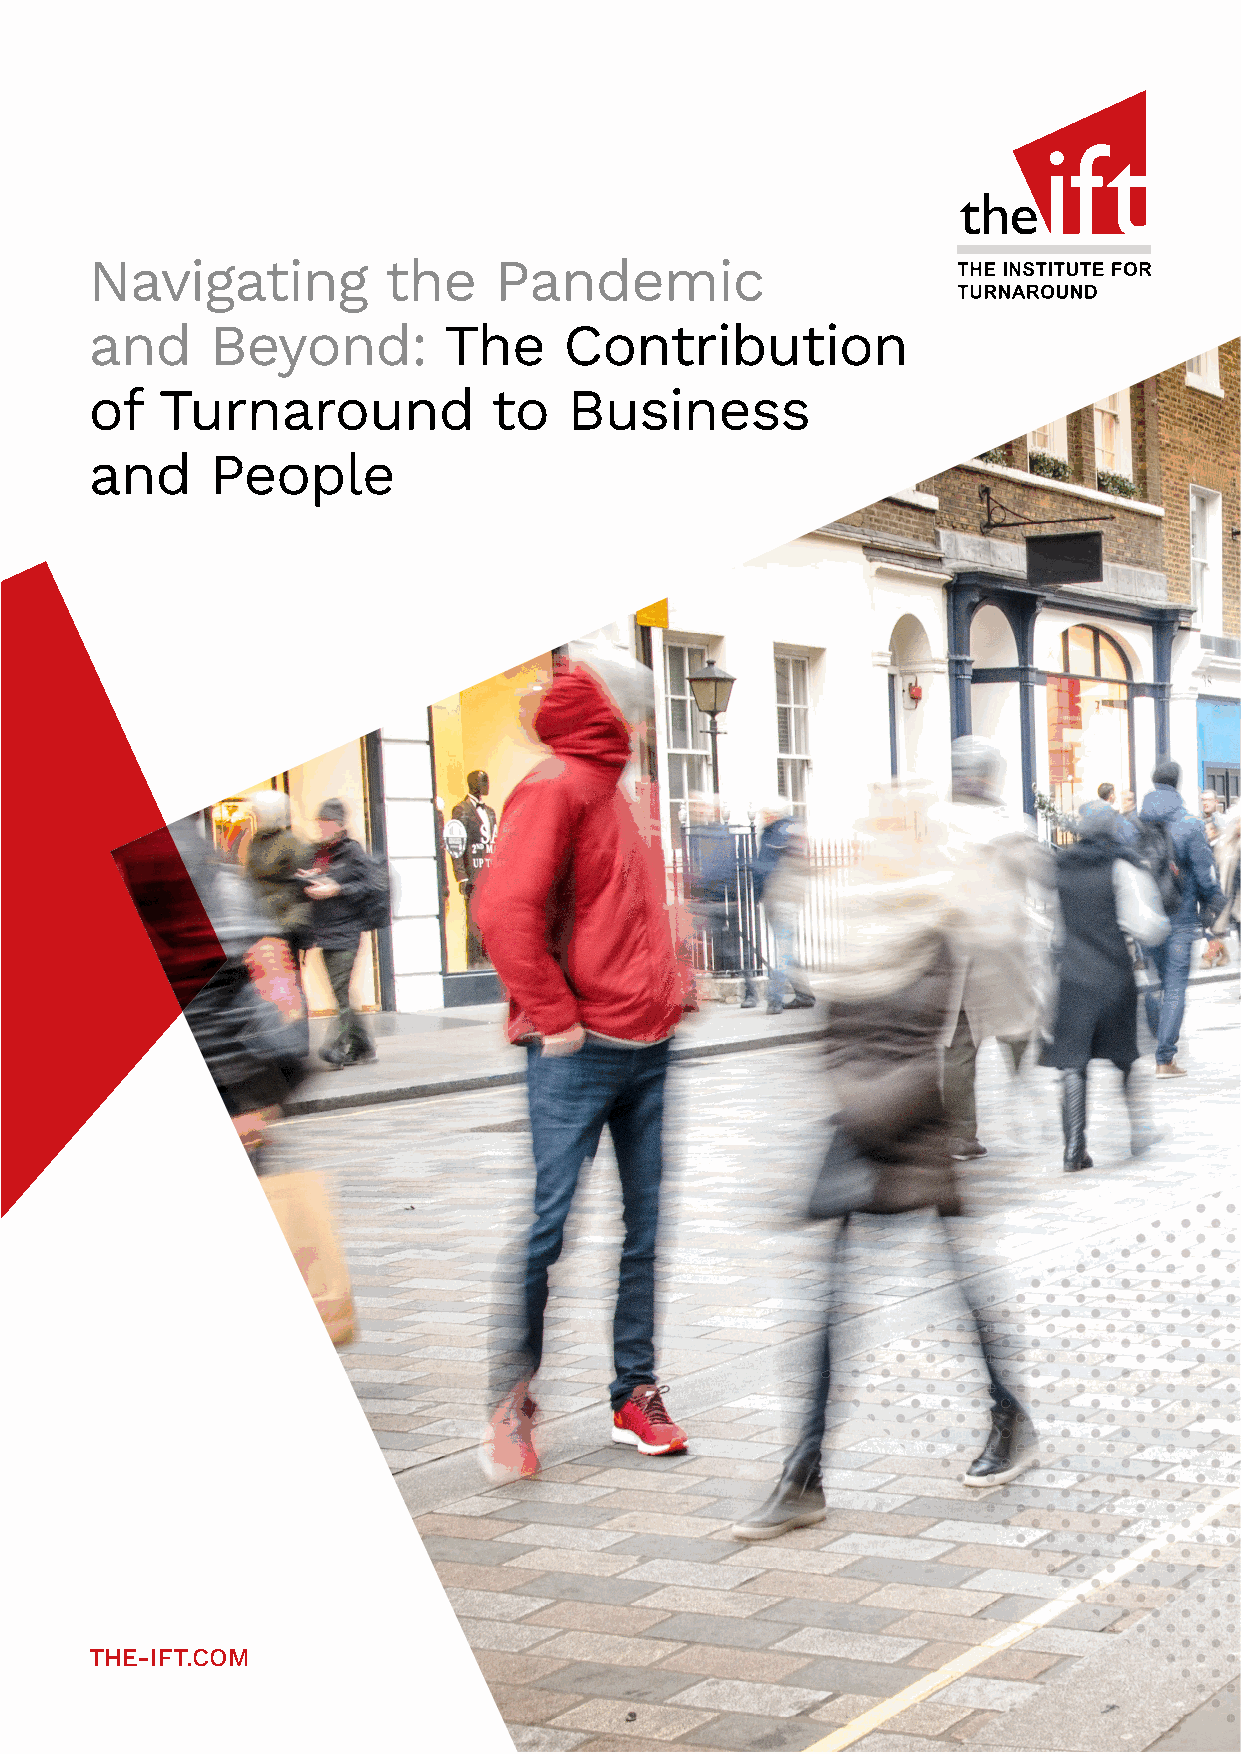
Navigating         the     Pandemic
 and     Beyond:        The     Contribution
 of  Turnaround             to   Business
 and     People
 THE-IFT.COM